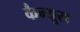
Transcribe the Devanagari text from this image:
कैन्यूस